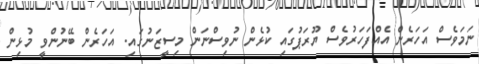
ނަމަވެސް އަހަރެން އެއްފަހަރުވެސް ޔޫރަޕުގައި ކުޅެން ނުވިސްނަން މިސީޒަނުގައި. އަހަރެން ބޭނުންވީ މުޅިން